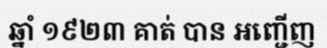
ឆ្នាំ ១៩២៣ គាត់ បាន អញ្ជើញ